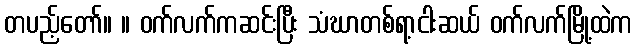
တပည့်တော်။ ။ ဝက်လက်ကဆင်းပြီး သံဃာတစ်ရာ့ငါးဆယ် ဝက်လက်မြို့ထဲက